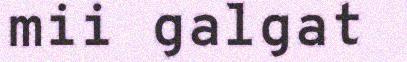
mii galgat